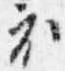
衣